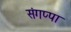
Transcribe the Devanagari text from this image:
संगप्पा